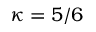
\kappa = 5 / 6